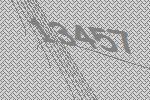
13457